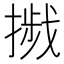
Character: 𢳴